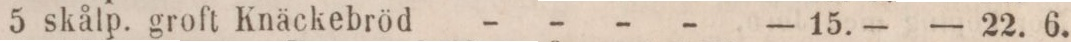
5 skålp, groft Knäckebröd - - - -    — 15. —    — 22. 6.